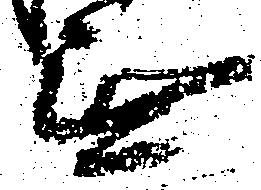
無